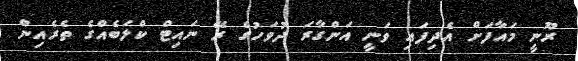
ރޫނީ މައާފަށް އެދިފައި ވަނީ އަންގާރަ ދުވަހުގެ ރޭ ނައިޓް ކްލަބެއްގެ ތެރެއިން